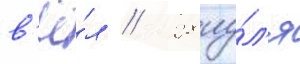
в'ё́л // 28 иу́л'я